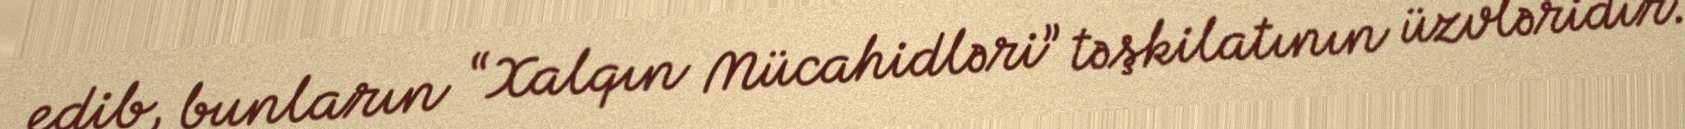
edib, bunların “Xalqın Mücahidləri” təşkilatının üzvləridir.